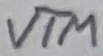
Text: VTM